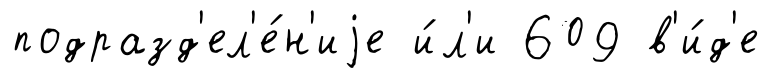
подразд'ел'е́н'иjе и́л'и 609 в'и́д'е